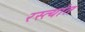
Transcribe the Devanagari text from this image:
रस्त्यांत